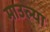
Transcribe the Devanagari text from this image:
माउल्या